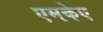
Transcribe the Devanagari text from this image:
एमकेए